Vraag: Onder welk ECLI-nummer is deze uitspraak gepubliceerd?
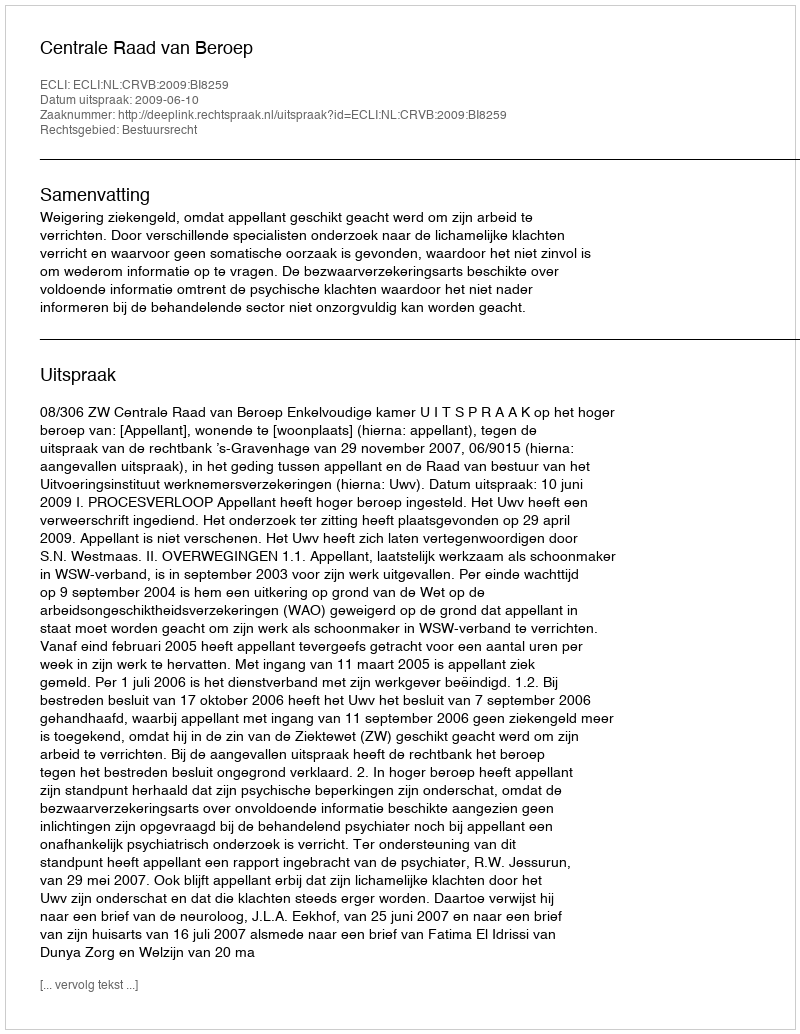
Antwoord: ECLI:NL:CRVB:2009:BI8259